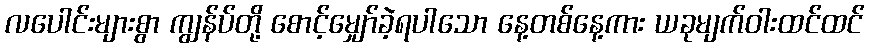
လပေါင်းများစွာ ကျွန်ပ်တို့ စောင့်မျှော်ခဲ့ရပါသော နေ့တစ်နေ့ကား ယခုမျက်ဝါးထင်ထင်